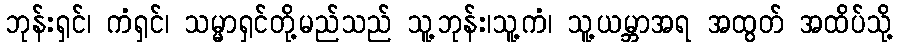
ဘုန်းရှင်၊ ကံရှင်၊ သမ္မာရှင်တို့မည်သည် သူ့ဘုန်း၊သူ့ကံ၊ သူ့ယမ္ဘာအရ အထွတ် အထိပ်သို့